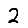
Digit: 2